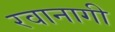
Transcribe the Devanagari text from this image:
रवानागी